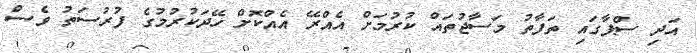
އަދި ސްޕާގައި ތަފާތު މަސާޖުތައް ކުރުމަށް އެއްރޭ އެއްކޮށް ހޭދަކުރުމުގެ ފުރުސަތު ވެސް